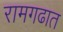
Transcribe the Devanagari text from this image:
रामगढात